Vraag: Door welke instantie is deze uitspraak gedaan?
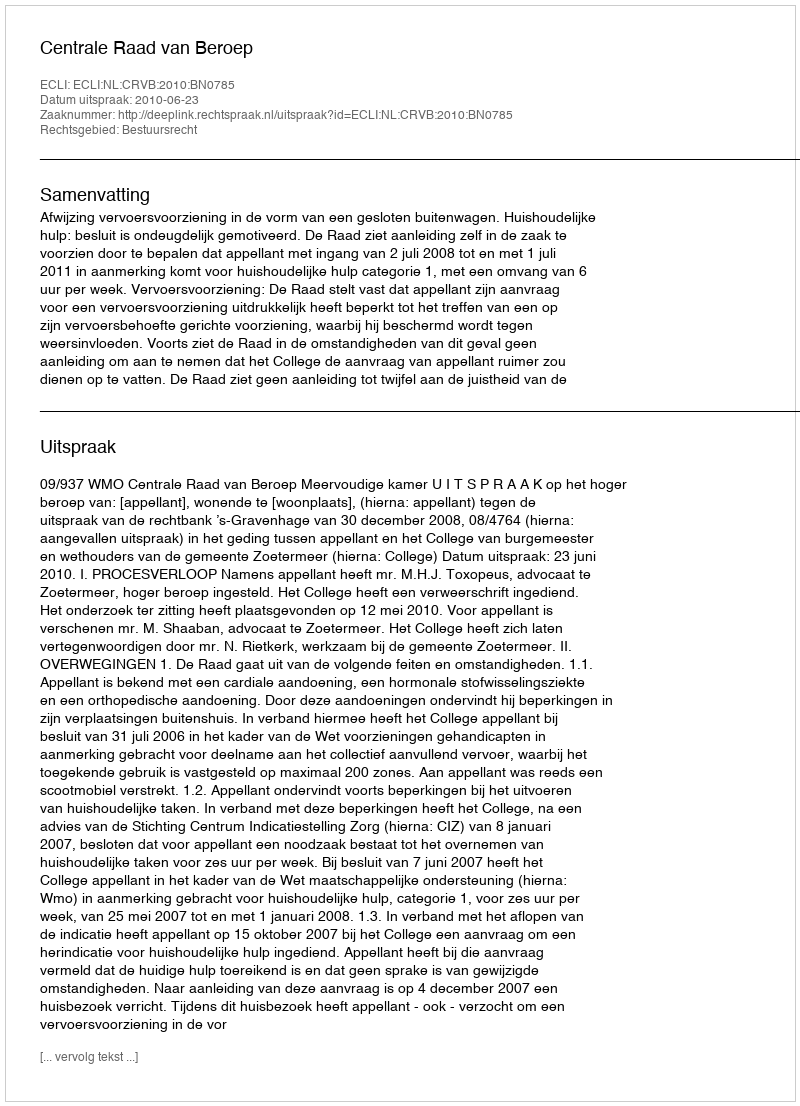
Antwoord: Centrale Raad van Beroep